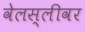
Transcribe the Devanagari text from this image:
वेलस्लीवर